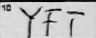
Transcription: YFT